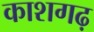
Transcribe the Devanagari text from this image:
काशगढ़